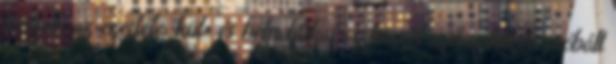
tesznek az ezerféle, kül- és belpolitikai eszközzel szétszakítani próbált